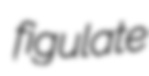
figulate